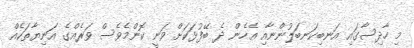
މި ހާދިސާގައި އަނބިކަނބަލުންނާއި އެހެން ދެ ބޭފުޅަކަށް ވަނީ ކޮންމެވެސް ވަރެއްގެ އަނިޔާތަކެއް